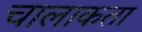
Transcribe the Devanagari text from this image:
चालाकता